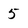
Character: 5